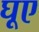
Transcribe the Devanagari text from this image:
घूए